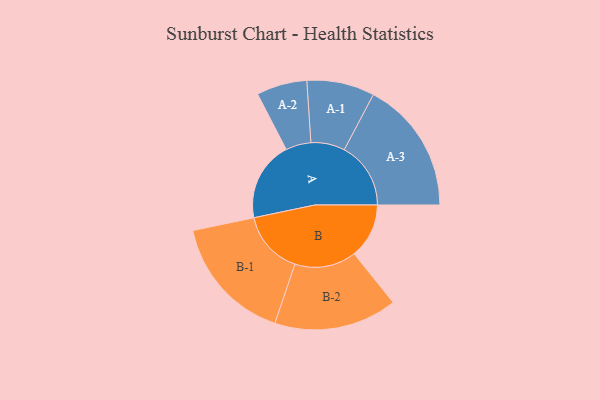
{"axis": {"x": "Segment", "y": "Value"}, "legend": ["", "A", "B"], "data": [{"x": "A", "y": 334, "type": ""}, {"x": "B", "y": 230, "type": ""}, {"x": "A-1", "y": 142, "type": "A"}, {"x": "A-2", "y": 106, "type": "A"}, {"x": "A-3", "y": 279, "type": "A"}, {"x": "B-1", "y": 267, "type": "B"}, {"x": "B-2", "y": 258, "type": "B"}]}